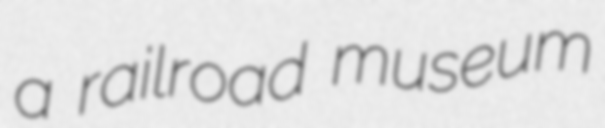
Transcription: a railroad museum